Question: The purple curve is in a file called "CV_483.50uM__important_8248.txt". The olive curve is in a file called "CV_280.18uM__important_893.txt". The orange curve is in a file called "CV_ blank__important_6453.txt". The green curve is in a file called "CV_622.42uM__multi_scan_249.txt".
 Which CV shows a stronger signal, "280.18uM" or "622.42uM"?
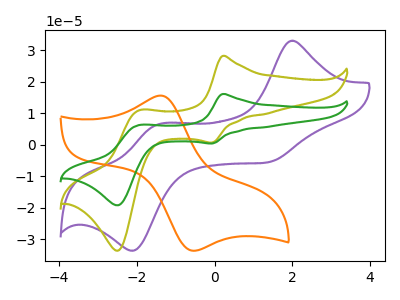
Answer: <think>The purple curve "483.50uM" has anodic peaks at (1.95V, 33.10uA) (-1.45V, 6.45uA) and cathodic peaks at (1.30V, -5.70uA) (-2.10V, -33.70uA). The olive curve "280.18uM" has anodic peaks at (0.20V, 28.25uA) (-1.95V, 10.95uA) and cathodic peaks at (-0.05V, 0.70uA) (-2.50V, -33.70uA). The orange curve " blank" has an anodic peak at (-1.35V, 15.65uA) and a cathodic peak at (-0.55V, -33.75uA). The green curve "622.42uM" has anodic peaks at (0.20V, 16.15uA) (-1.95V, 6.25uA) and cathodic peaks at (-0.05V, 0.40uA) (-2.50V, -19.25uA).
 All the peaks in "280.18uM" have a peak in "622.42uM" at the same potential.</think>
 <answer>I cant tell if "280.18uM" or "622.42uM" has more signal.</answer>
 <eval>mixed_signal</eval>